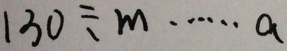
1 3 0 \div m \cdots a